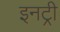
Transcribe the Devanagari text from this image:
इनट्री